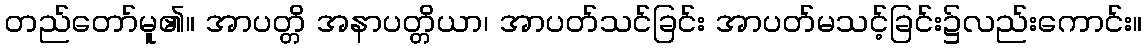
တည်တော်မူ၏။ အာပတ္တိ အနာပတ္တိယာ၊ အာပတ်သင်ခြင်း အာပတ်မသင့်ခြင်း၌လည်းကောင်း။